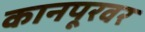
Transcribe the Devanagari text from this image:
कानपूरवर